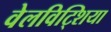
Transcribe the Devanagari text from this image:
वेलविट्शिया